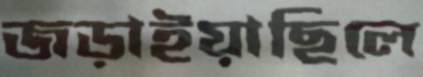
জড়াইয়াছিলে